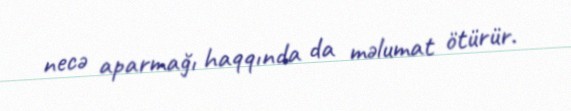
necə aparmağı haqqında da məlumat ötürür.